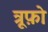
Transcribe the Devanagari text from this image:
त्रूफ़ो